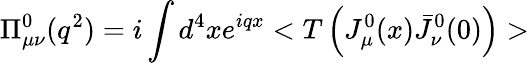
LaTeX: \Pi_{\mu\nu}^{0}(q^{2})=i\int d^{4}xe^{iqx}<T\left(J_{\mu}^{0}(x)\bar{J}_{\nu}^{0}(0)\right)>